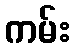
ကမ်း